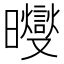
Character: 𪱓